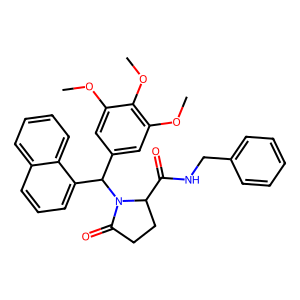
SMILES: COc1cc(C(c2cccc3ccccc23)N2C(=O)CCC2C(=O)NCc2ccccc2)cc(OC)c1OC
Inhibits HIV replication: No